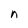
Character: n